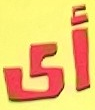
أي